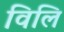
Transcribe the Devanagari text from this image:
विलि